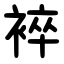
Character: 䘹